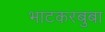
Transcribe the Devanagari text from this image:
भाटकरबुबा